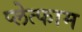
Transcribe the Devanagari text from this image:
प्लेत्फाम